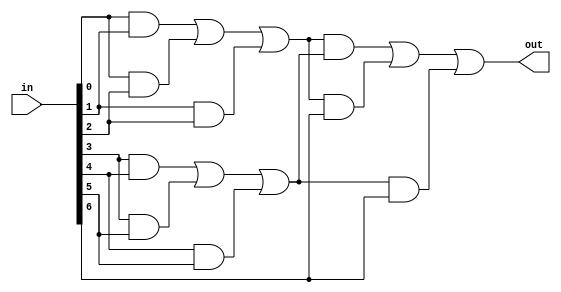
`timescale 1ns / 1ps

module majority_input(
    input [6:0] in, 
    output out
    );

    wire [2:0] test;
    
    assign test[0] = (in[0] & in[1]) | (in[0] & in[2]) | (in[1] & in[2]);
    assign test[1] = (in[3] & in[4]) | (in[3] & in[5]) | (in[4] & in[5]);
    assign test[2] = in[6];
    
    assign out = (test[0]) & (test[1]) | (test[0] & test[2]) | (test[1] & test[2]); 
endmodule